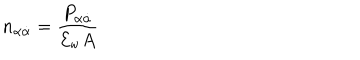
LaTeX: n _ { \alpha \dot { \alpha } } = \frac { P _ { \alpha \dot { \alpha } } } { { \cal E } _ { \mathrm { w } } A }